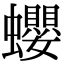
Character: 蠳